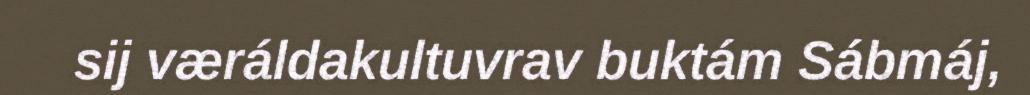
sij væráldakultuvrav buktám Sábmáj,